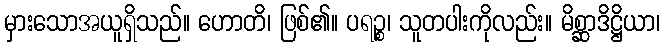
မှားသောအယူရှိသည်။ ဟောတိ၊ ဖြစ်၏။ ပရဉ္စ၊ သူတပါးကိုလည်း။ မိစ္ဆာဒိဋ္ဌိယာ၊